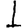
Digit: 1